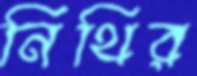
নিথির